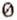
0